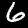
Label: 6